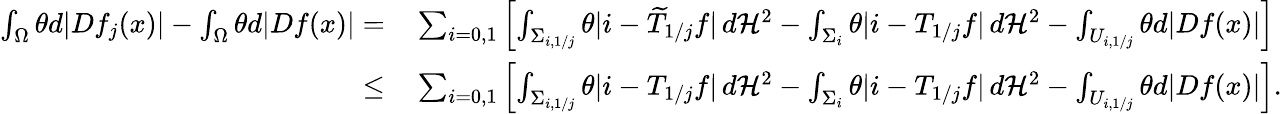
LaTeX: \begin{array}{rl}{\int_{\Omega}\theta d|Df_{j}(x)|-\int_{\Omega}\theta d|Df(x)|=}&{{}\sum_{i=0,1}\left[\int_{\Sigma_{i,1/j}}\theta|i-\widetilde{T}_{1/j}f|\, d\mathcal H^{2}-\int_{\Sigma_{i}}\theta|i-T_{1/j}f|\, d\mathcal H^{2}-\int_{U_{i,1/j}}\theta d|Df(x)|\right]}\\ {\leq}&{{}\sum_{i=0,1}\left[\int_{\Sigma_{i,1/j}}\theta|i-T_{1/j}f|\, d\mathcal H^{2}-\int_{\Sigma_{i}}\theta|i-T_{1/j}f|\, d\mathcal H^{2}-\int_{U_{i,1/j}}\theta d|Df(x)|\right].}\end{array}